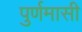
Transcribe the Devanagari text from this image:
पुर्णमासी